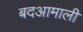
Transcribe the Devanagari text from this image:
बदआमाली